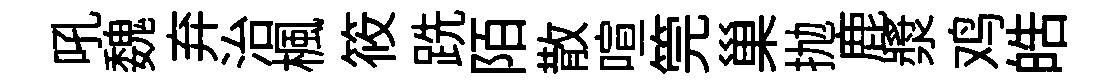
吼魏弃治楓筱跣陌散喧筦巢抛鹿漿鸡皓